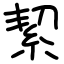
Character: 絜